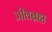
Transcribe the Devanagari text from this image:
जीवब्रह्म